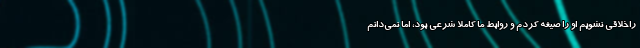
راخلاقی نشویم او را صیغه کردم و روابط ما کاملاً شرعی بود، اما نمی‌دانم